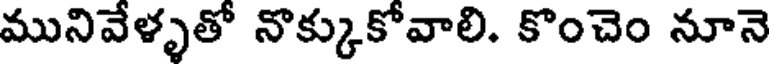
మునివేళ్ళతో నొక్కుకోవాలి. కొంచెం నూనె